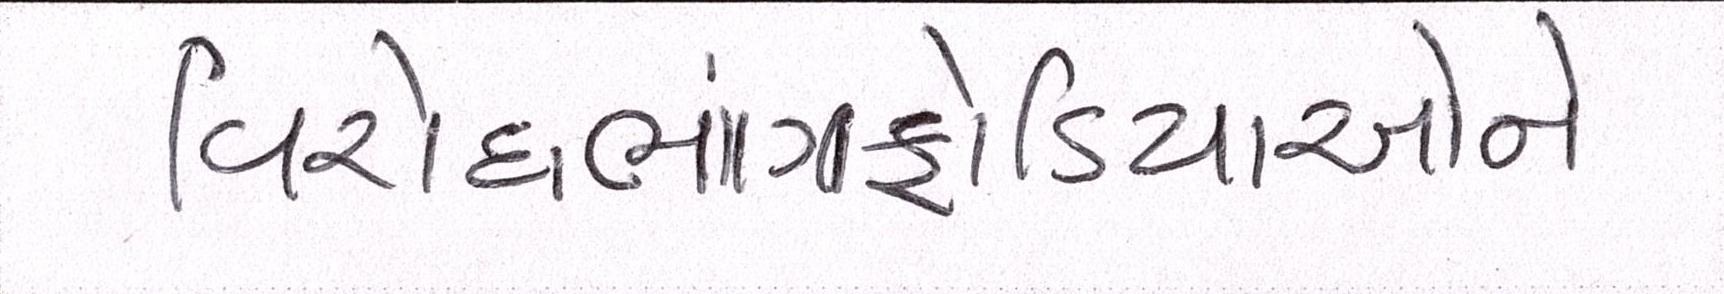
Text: વિરોધભાંગફોડિયાઓને